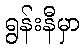
ရွန်းနီမှာ